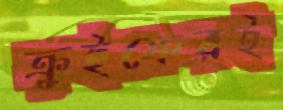
ক্রুইফেরই